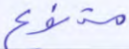
متنوع